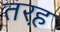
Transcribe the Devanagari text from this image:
तरह़